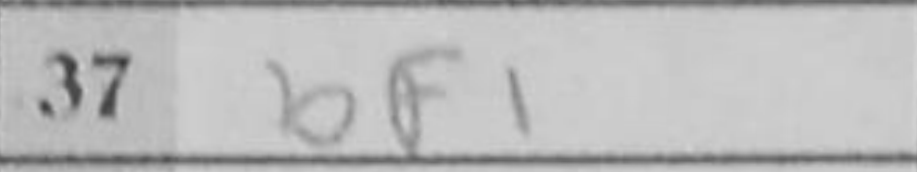
Transcription: Bf1